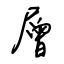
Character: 層